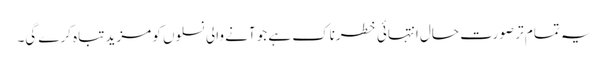
یہ تمام تر صورت حال انتہائی خطرناک ہے جو آنے والی نسلوں کو مزید تباہ کرے گی۔